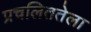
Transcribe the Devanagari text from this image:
प्रचलिततेला